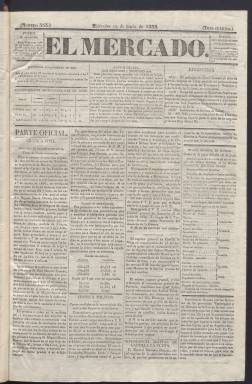
Título: El Mercado (Madrid. 1838)
Otros títulos: El Mercado madrileño || El Mercado madrileño
Colección: Periódicos anteriores a 1850 || Economía
Ámbito geográfico: Madrid
Lugar de publicación: Madrid
Fechas: 19/06/1839-12/04/1840